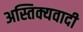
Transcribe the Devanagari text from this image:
अस्तिक्यवादी